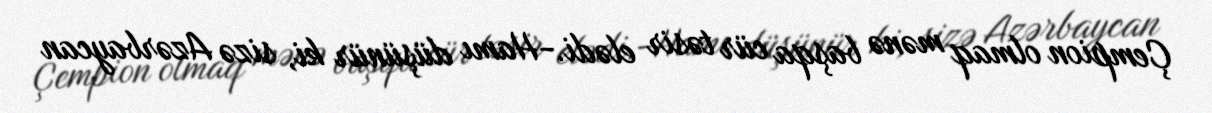
Çempion olmaq mənə başqa cür təsir elədi.-Hamı düşünür ki, sizə Azərbaycan